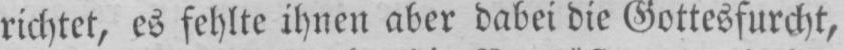
richtet, es fehlte ihnen aber dabei die Gottesfurcht,